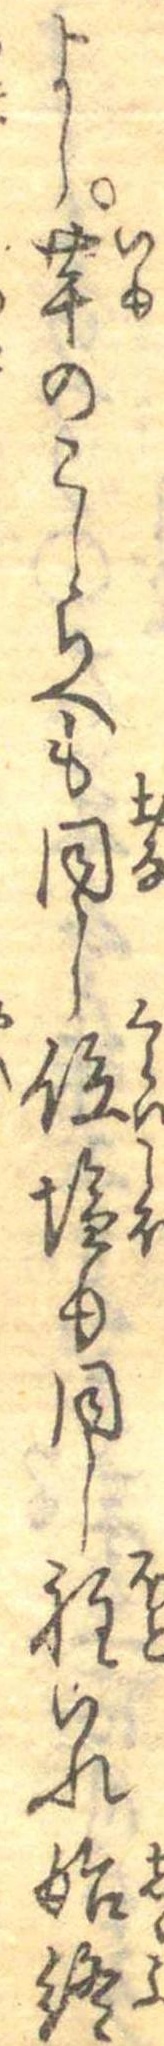
よし芋のこしらへも同し位塩も同し程いれ始終